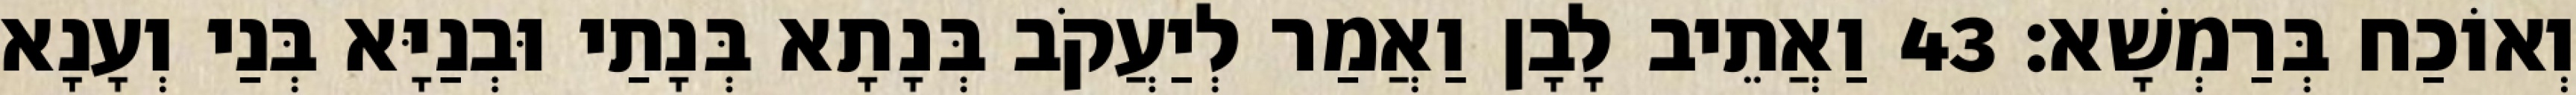
וְאוֹכַח בְּרַמְשָׁא׃ 43 וַאֲתֵיב לָבָן וַאֲמַר לְיַעֲקֹב בְּנָתָא בְּנָתַי וּבְנַיָּא בְּנַי וְעָנָא